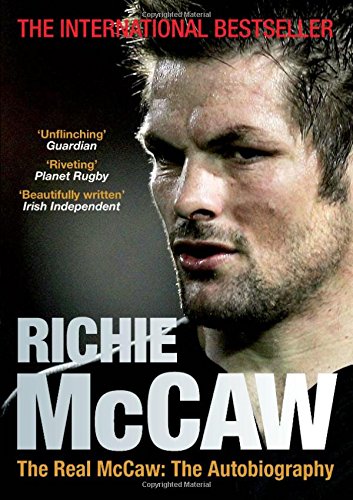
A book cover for The Real McCaw: The Autobiography; Richie McCaw; Sports & Outdoors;